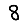
Digit: 8